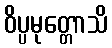
ဝိပ္ပမုတ္တောသိ